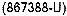
(867388-U)